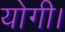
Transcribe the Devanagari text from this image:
योगी।